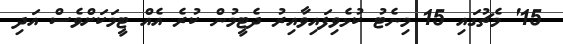
15' މެޗުގައި 15 މިނެޓު ކުޅެވިފައިވާއިރު ދެޓީމުން ކުރެ އެއް ޓީމަކަށްވެސް އަދި